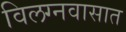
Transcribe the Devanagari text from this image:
विलग्नवासात